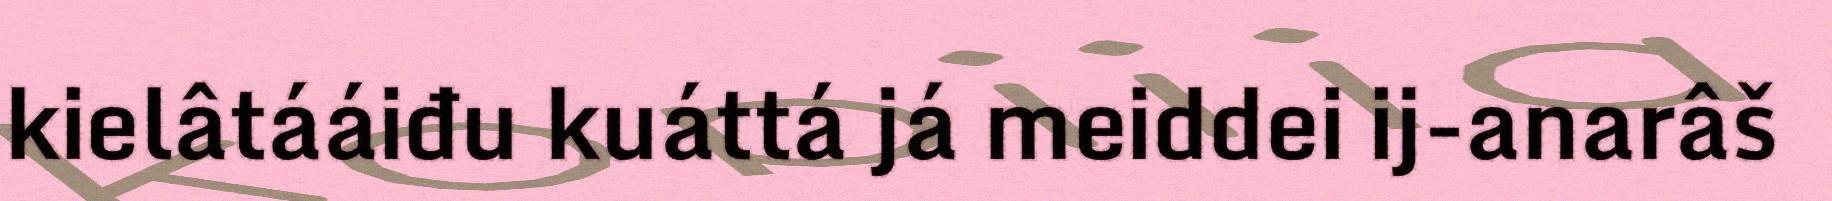
kielâtááiđu kuáttá já meiddei ij-anarâš